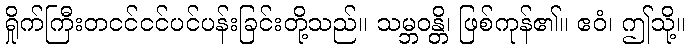
ရှိုက်ကြီးတငင်ငင်ပင်ပန်းခြင်းတို့သည်။ သမ္ဘဝန္တိ၊ ဖြစ်ကုန်၏။ ဧဝံ၊ ဤသို့။